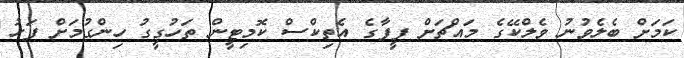
ކަމަށް ބެލެވުނު ވެލްކޭގެ މައްޗަށް ފީފާގެ އެތިކްސް ކޮމިޓީން ތަހުގީގު ހިންގުމަށް ފަހު